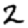
Digit: 2